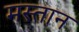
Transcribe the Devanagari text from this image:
मस्‍तान